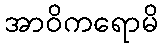
အာဝိကရောမိ